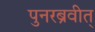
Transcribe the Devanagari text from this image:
पुनरब्रवीत्